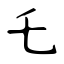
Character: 乇